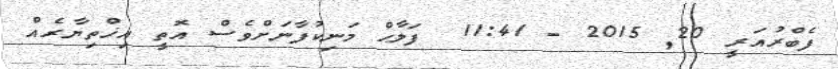
ފެބްރުއަރީ 20